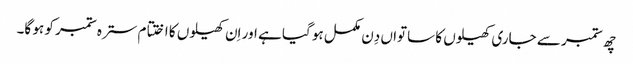
چھ ستمبر سے جاری کھیلوں کا ساتواں دِن مکمل ہو گیا ہے اور اِن کھیلوں کا اختتام سترہ ستمبر کو ہو گا۔